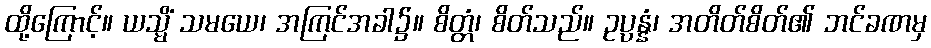
ထို့ကြောင့်။ ယသ္မိံ သမယေ၊ အကြင်အခါ၌။ စိတ္တံ၊ စိတ်သည်။ ဥပ္ပန္နံ၊ အတိတ်စိတ်၏ ဘင်ခဏမှ